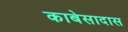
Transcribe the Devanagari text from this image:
काबेसादास